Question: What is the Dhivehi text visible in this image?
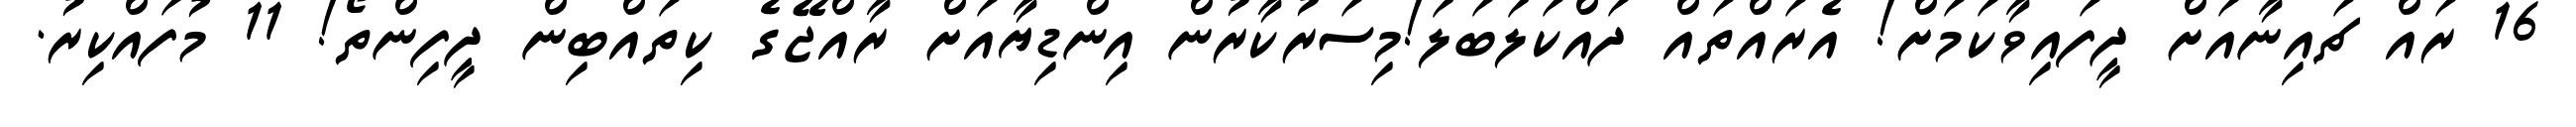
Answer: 16 ރައް ޗައިނާއަށް ދީފައިވާކަމަށް! އެރައްތައް ދައްކަލަބަލަ!މިސަރުކާރުން އިންޑިޔާއަށް ރާއްޖޭގެ ކިތައްބިން ދީފިންތޯ! 11 މުފައްކިރު.